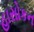
હાસોકન